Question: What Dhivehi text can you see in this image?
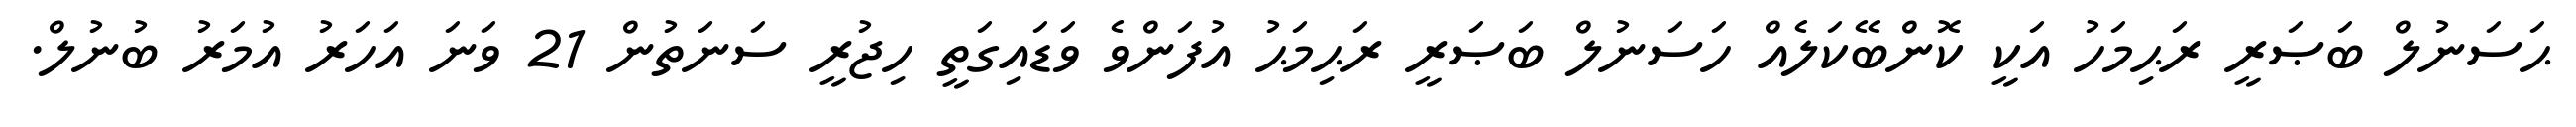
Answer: ޙަސަނުލް ބަޞަރީ ރަޙިމަހު އަކީ ކޮންބޭކަލެއް ހަސަނުލް ބަޞަރީ ރަޙިމަޙު އުފަންވެ ވަޑައިގަތީ ހިޖުރީ ސަނަތުން 21 ވަނަ އަހަރު އުމަރު ބުނުލް.